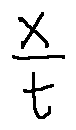
\frac { x } { t }